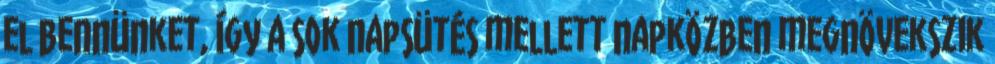
el bennünket, így a sok napsütés mellett napközben megnövekszik